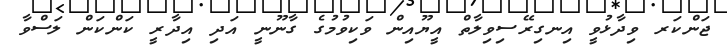
ޖަންކަރ ވިދާޅުވީ އިނގިރޭސިވިލާތް އީޔޫއިން ވަކިވުމުގެ ގާނޫނީ އަދި އިދާރީ ކަންކަން ލަސްވާ